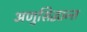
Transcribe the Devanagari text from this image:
अणुसिद्धान्त